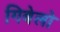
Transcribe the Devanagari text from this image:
गिबेलो